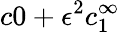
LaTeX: c0+\epsilon^{2}c_{1}^{\infty}